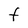
Character: t